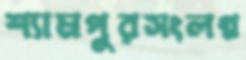
শ্যামপুরসংলগ্ন